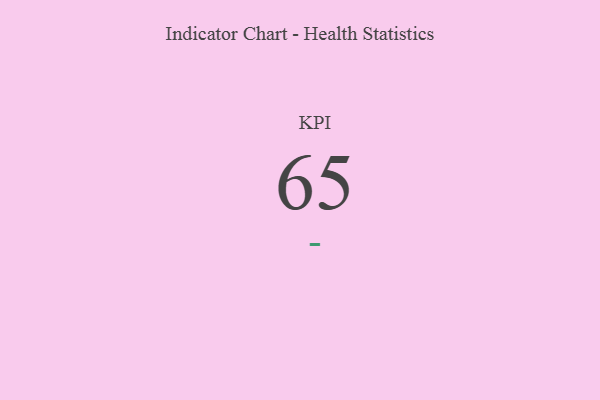
{"axis": {"x": "KPI", "y": "Value"}, "legend": [""], "data": [{"x": "KPI", "y": 65, "type": ""}]}